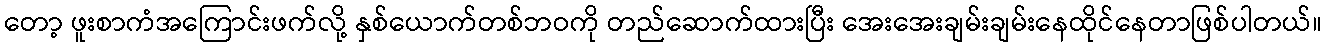
တော့ ဖူးစာကံအကြောင်းဖက်လို့ နှစ်ယောက်တစ်ဘဝကို တည်ဆောက်ထားပြီး အေးအေးချမ်းချမ်းနေထိုင်နေတာဖြစ်ပါတယ်။